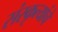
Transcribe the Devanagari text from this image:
संस्कृत्यांचे